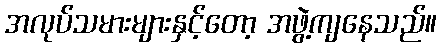
အလုပ်သမားများနှင့်တော့ အဖွဲ့ကျနေသည်။